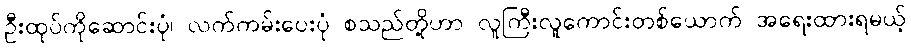
ဦးထုပ်ကိုဆောင်းပုံ၊ လက်ကမ်းပေးပုံ စသည်တို့ဟာ လူကြီးလူကောင်းတစ်ယောက် အရေးထားရမယ့်